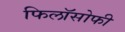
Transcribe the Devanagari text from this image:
फिलॉसोफी